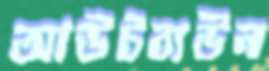
আউটবাউন